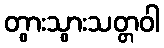
တွားသွားသတ္တဝါ